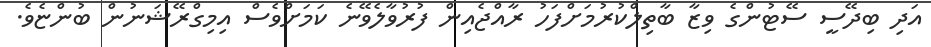
އަދި ބިދޭސީ ސޭޓުންގެ ވިޒާ ބާތިލްކުރުމަށްފަހު ރާއްޖެއިން ފުރުވާލެވޭނެ ކަމަށްވެސް އިމިގްރޭޝަނުން ބުންޏެވެ.